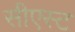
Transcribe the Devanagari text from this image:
सीएस्ट